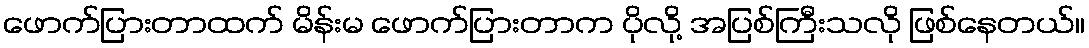
ဖောက်ပြားတာထက် မိန်းမ ဖောက်ပြားတာက ပိုလို့ အပြစ်ကြီးသလို ဖြစ်နေတယ်။